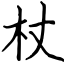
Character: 杖